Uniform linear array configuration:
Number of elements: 48
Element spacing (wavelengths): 0.75
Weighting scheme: kaiser
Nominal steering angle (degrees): -45
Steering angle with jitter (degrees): -44.004
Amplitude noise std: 0.05
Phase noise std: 0.05

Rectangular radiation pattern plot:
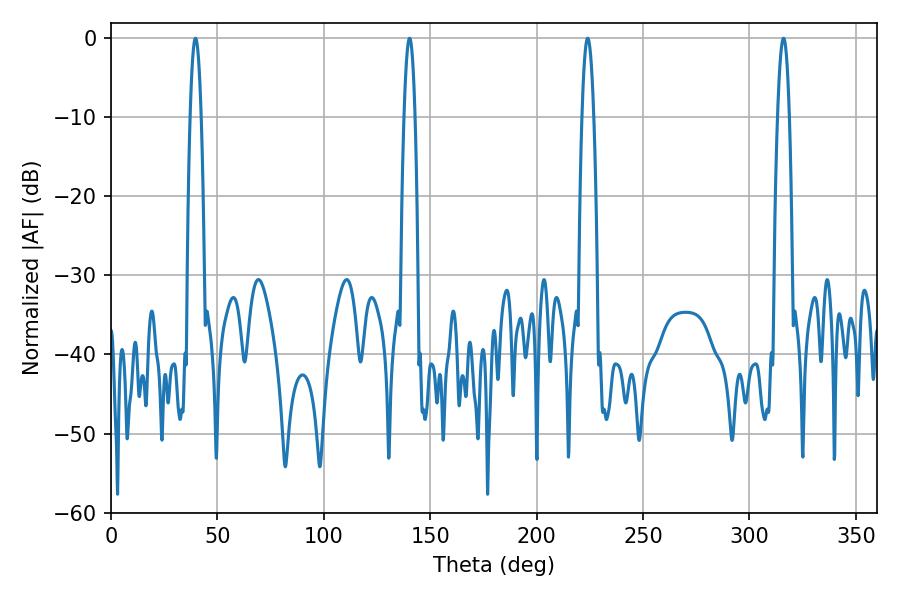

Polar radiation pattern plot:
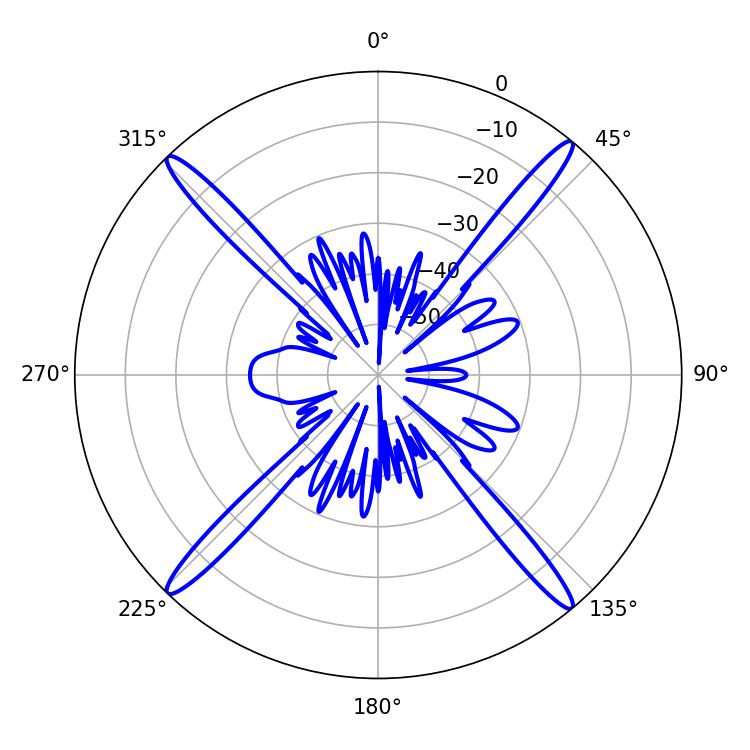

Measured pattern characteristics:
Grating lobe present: TRUE
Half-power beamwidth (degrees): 3.06
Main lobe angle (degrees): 223.92